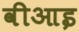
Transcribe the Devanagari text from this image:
वीआइ